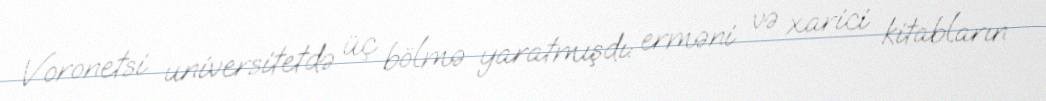
Voronetsi universitetdə üç bölmə yaratmışdı: erməni və xarici kitabların